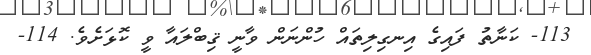
113- ކަނާތު ފައިގެ އިނގިލިތައް ހުންނަން ވާނީ ޤިބްލައާ ވީ ކޮޅަށެވެ. 114-